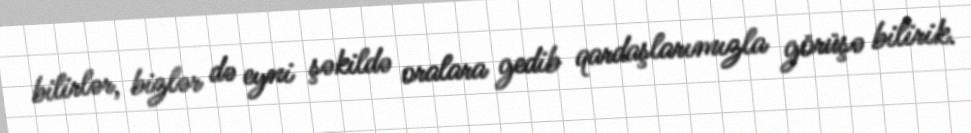
bilirlər, bizlər də eyni şəkildə oralara gedib qardaşlarımızla görüşə bilirik.